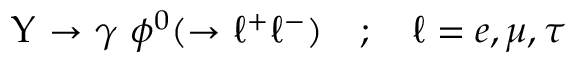
\Upsilon \ { \rightarrow } \ \gamma \ \phi ^ { 0 } ( { \rightarrow } \ \ell ^ { + } \ell ^ { - } ) \ \ \ ; \ \ \ \ell = e , \mu , \tau